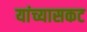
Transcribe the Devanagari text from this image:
यांच्यासकट